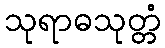
သုရာဓသုတ္တံ